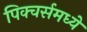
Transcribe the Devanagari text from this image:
पिक्चर्समध्ये